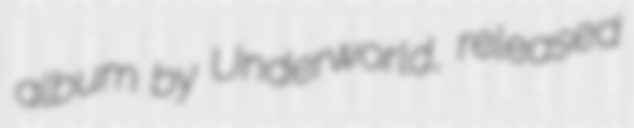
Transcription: album by Underworld, released